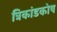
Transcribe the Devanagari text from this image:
त्रिकांडकोष